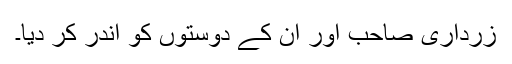
زرداری صاحب اور ان کے دوستوں کو اندر کر دیا۔